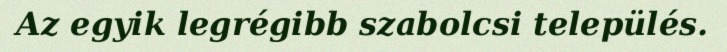
Az egyik legrégibb szabolcsi település.